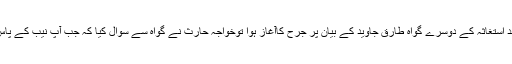
اس دوران مختصر وقفہ کردیا گیا جس کے بعد استغاثہ کے دوسرے گواہ طارق جاوید کے بیان پر جرح کاآغاز ہوا توخواجہ حارث نے گواہ سے سوال کیا کہ جب آپ نیب کے پاس پیش ہوئے تو کیاآپ کا بیان ریکارڈ کیا گیا؟